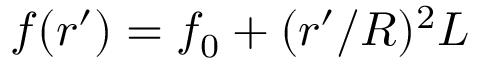
f ( r ^ { \prime } ) = f _ { 0 } + ( r ^ { \prime } / R ) ^ { 2 } L